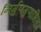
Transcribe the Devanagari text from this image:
निर्गुणगुणाभिराग